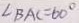
\angle B A C = 6 0 ^ { \circ }